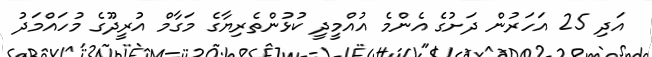
އަދި 25 އަހަރުން ދަށުގެ އެންމެ އުއްމީދީ ކުޅުންތެރިޔާގެ މަގާމް އުރީދޫގެ މުހައްމަދު